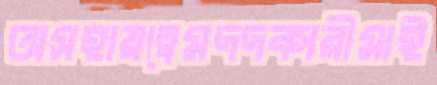
অসহায়ত্বেমদদকারীমাই